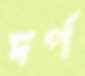
দর্প